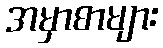
အမှာစာများ